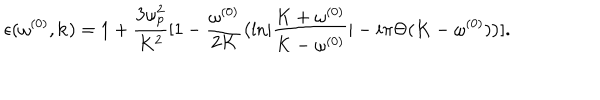
\epsilon ( \omega ^ { ( 0 ) } , { \bf k } ) = 1 + { \frac { 3 \omega _ { p } ^ { 2 } } { K ^ { 2 } } } [ 1 - { \frac { \omega ^ { ( 0 ) } } { 2 K } } \bigl ( { \ln } | { \frac { K + \omega ^ { ( 0 ) } } { K - \omega ^ { ( 0 ) } } } | - i \pi \Theta ( K - \omega ^ { ( 0 ) } ) \bigr ) ] .